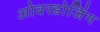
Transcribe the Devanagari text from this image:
ओवरडोजिंग